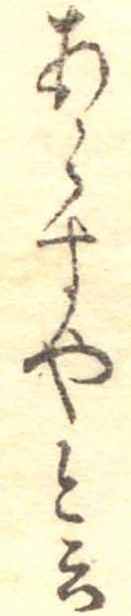
あらすやと云